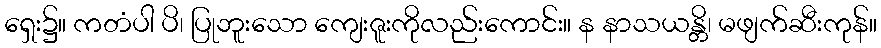
ရှေး၌။ ကတံပါ ပိ၊ ပြုဘူးသော ကျေးဇူးကိုလည်းကောင်း။ န နာသယန္တိ၊ မဖျက်ဆီးကုန်။